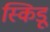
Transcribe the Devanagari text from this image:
स्किडू